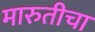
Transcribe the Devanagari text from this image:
मारुतीचा